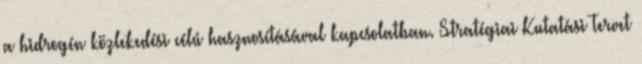
a hidrogén közlekedési célú hasznosításával kapcsolatban. Stratégiai Kutatási Tervet